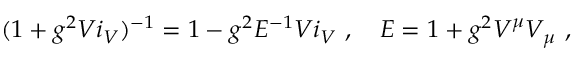
( 1 + g ^ { 2 } V i _ { V } ) ^ { - 1 } = 1 - g ^ { 2 } E ^ { - 1 } V i _ { V } \ , \quad E = 1 + g ^ { 2 } V ^ { \mu } V _ { \mu } \ ,